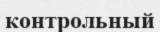
контрольный